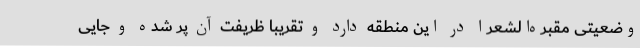
وضعیتی مقبره‌الشعرا در این منطقه دارد و تقریبا ظریفت آن پر شده و جایی